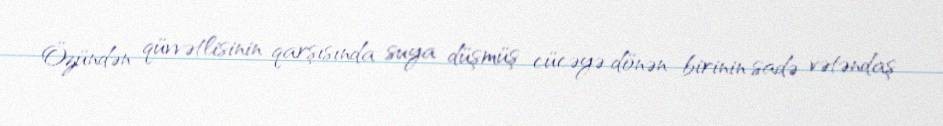
Özündən qüvvətlisinin qarşısında suya düşmüş cücəyə dönən birinin sadə vətəndaş